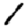
Digit: 1